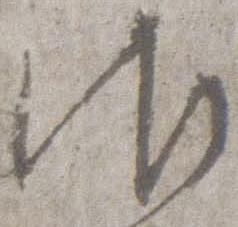
御